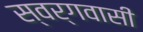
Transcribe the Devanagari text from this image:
स्‍वर्गवासी